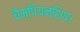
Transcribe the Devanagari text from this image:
चैम्पियनशिप।